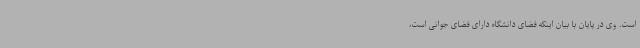
است. وی در پایان با بیان اینکه فضای دانشگاه دارای فضای جوانی است،